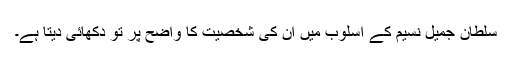
سلطان جمیل نسیم کے اسلوب میں ان کی شخصیت کا واضح پر تو دکھائی دیتا ہے۔